Sanitation, dispensaries and jails vaccination Rajputana 1922-1927 - 1922-1927
Year: 1922
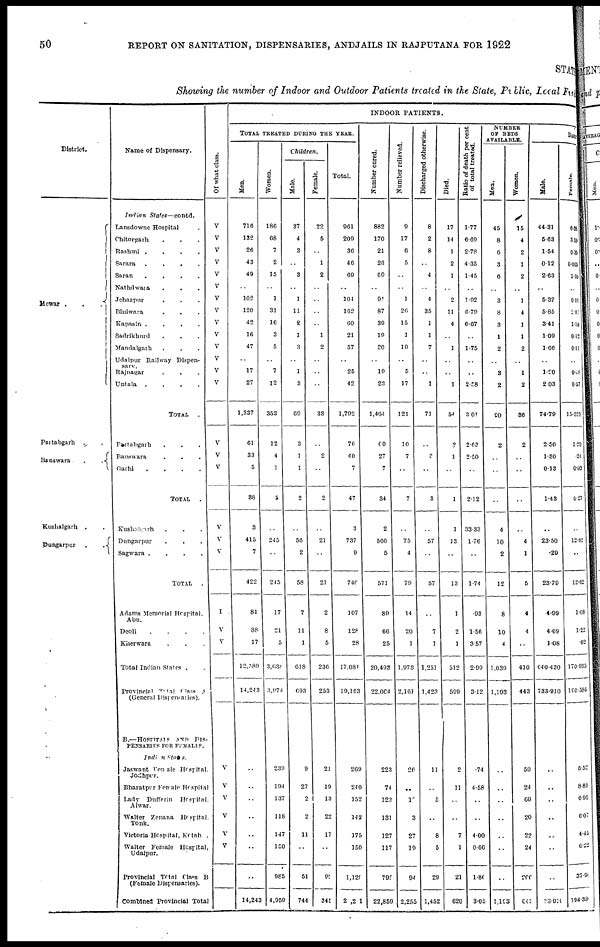
50
REPORT ON SANITATION, DISPENSARIES, AND JAILS IN RAJPUTANA FOR 1922
STAT
Showing the number of Indoor and Outdoor Patients treated in the State, Public, Local Fund
District.
Mewar .
.
.
Partabgarh
. .
Banswara
.
.
Kushalgarh . .
Dungarpur
.
.
Name of Dispensary.
Indian
States—contd.
Lansdowne Hospital .
Chitorgarh . . .
Rashmi .
.
.
.
Sarara
.
.
.
.
Saran
.
.
.
.
Nathdwara . . .
Jehazpur . . .
Bhilwara . . .
Kapasin .
.
.
.
Sadrikhurd . . .
Mandalgarh . . .
Udaipur Railway Dispen¬
sary.
Rajnagar . . .
Untala
.
.
.
.
TOTAL
.
Partabgarh . . .
Banswara . . .
Garhi
.
.
.
.
TOTAL
.
Kushalgarh . . .
Dungarpur . . .
Sagwara .
.
.
.
TOTAL .
Adams Memorial Hospital.
Abu.
Deoli
.
.
.
.
Kherwara . . .
Total Indian States . .
Provincial Total Class of
(General Dispensaries).
B.—HOSPITALS AND DIS¬
PENSARIES FOR FEMALES.
Indian
States.
Jaswant Denatal Hospital.
Jodhpur.
Bharatpur Female Hospital
Lady Dufferin
Hospital.
Alwar.
Walter Zenana Hospital.
Tonk.
Victoria Hospital, Kotah .
Walter Female Hospital,
Udaipur.
Provincial Total class B
(Female Dispensaries).
Combined Provincial Total
Of what class.
V
V
V
V
V
V
V
V
V
V
V
V
V
V
V
V
V
V
V
V
I
V
V
V
V
V
V
V
V
INDOOR PATIENTS.
TOTAL TREATED DURING THE YEAR.
Men.
716
132
26
43
49
..
102
120
42
16
47
..
17
27
1,337
61
33
5
38
3
415
7
422
81
88
17
12,580
14,243
..
..
..
..
..
..
..
14,243
Women.
186
68
7
2
15
..
1
31
16
3
5
..
7
12
353
12
4
1
5
..
245
..
245
17
21
5
3,638
3,974
239
194
137
118
147
150
985
4,959
Children.
Male.
37
4
3
..
3
..
1
11
2
1
3
..
1
3
69
3
1
1
2
..
56
2
58
7
11
1
618
693
9
27
2
2
11
..
51
744
Female.
22
5
..
1
2
..
..
..
..
1
2
..
..
..
33
..
2
..
2
..
21
..
21
2
8
5
236
253
21
19
13
22
17
..
92
345
Total.
961
209
36
46
69
..
104
162
60
21
57
..
25
42
1,792
76
40
7
47
3
737
9
746
107
128
28
17,081
19,163
269
240
152
142
175
150
1,128
2 ,201
Number cured.
882
170
21
23
60
..
91
87
39
19
30
..
19
23
1,464
60
27
7
34
2
566
5
571
89
66
25
20,493
22,064
223
74
123
131
127
117
795
22,859
Number relieved.
9
17
6
5
..
..
1
26
15
1
19
..
5
17
121
10
7
..
7
..
75
4
79
14
20
1
1,978
2,161
26
..
10
3
27
19
94
2,255
Discharged otherwise.
8
2
8
..
4
..
4
35
1
1
7
..
..
1
71
..
8
..
3
..
57
..
57
..
7
1
1,251
1,423
11
..
5
..
8
5
29
1,452
Died.
17
14
1
2
1
..
2
11
4
..
1
..
..
1
54
2
1
..
1
1
13
..
13
1
2
1
512
599
2
11
..
..
7
1
21
620
Ratio of death per cent.
of total treated.
1.77
6.69
2.78
4.35
1.45
..
1.92
6.79
6.67
..
1.75
..
..
2.38
3.01
2.63
2.50
..
2.12
33.33
1.76
..
1.74
.93
1.56
3.57
2.99
3.12
.74
4.58
..
..
4.00
0.66
1.80
3.05
NUMBER
OF BEDS
AVAILABLE.
Men.
45
8
6
3
6
..
3
8
3
1
2
..
3
2
90
2
..
..
..
4
10
2
12
8
10
4
1,039
1,193
..
..
..
..
..
..
..
1,193
Women.
15
4
2
1
2
..
1
4
1
1
2
..
1
2
36
2
..
..
..
..
4
1
5
4
4
..
410
443
50
24
60
20
22
24
200
0. 43
DAI LY
Male.
44.31
5.63
1.54
0.12
2.63
..
5.32
5.85
3.41
1.09
1.66
..
1.20
2.03
74.79
2.50
1.30
0.18
1.43
..
23.50
.29
23.79
4.99
4.69
1.08
640.430
733.910
..
..
..
..
..
..
..
33.910
Female.
6.38
3.19
0.35
0.005
1. 10
..
0.01
2. 01
1.18
0.12
0.11
..
0.18
0.57
15.525
1.20
.24
0.03
0.27
..
12.62
..
12.62
1.08
1.22
.02
170.935
100.585
5.52
8.81
6.92
6.07
4.45
6.22
37.94
194.38